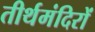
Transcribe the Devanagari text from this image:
तीर्थमंदिरों